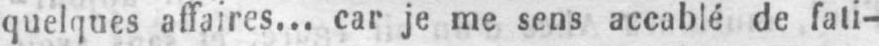
quelques affaires... car je me sens accablé de fati-